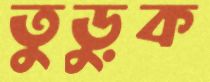
তুড়ুক